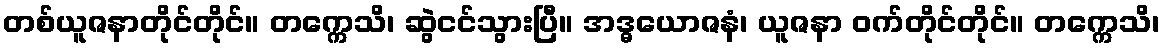
တစ်ယူဇနာတိုင်တိုင်။ တက္ကေသိ၊ ဆွဲငင်သွားပြီ။ အဒ္ဓယောဇနံ၊ ယူဇနာ ဝက်တိုင်တိုင်။ တက္ကေသိ၊